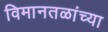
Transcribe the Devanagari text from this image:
विमानतळांच्या